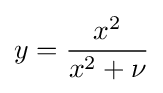
y={\frac {x^{2}}{x^{2}+\nu }}